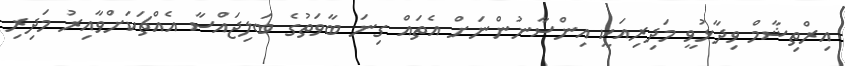
އިރްތިޝާމް ވިދާޅުވީ މަދިރިއަކީ އިންސާނުންނަށް އެތައް ގިނަ ބާވަތުގެ ބަލިޖައްސާ އެއްޗަކަށްވާއިރު މަދިރި